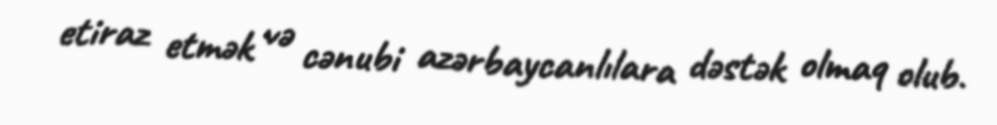
etiraz etmək və cənubi azərbaycanlılara dəstək olmaq olub.